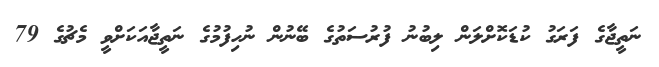
ނަތީޖާގެ ފަރަގު ކުޑަކޮށްލަން ލިބުނު ފުރުސަތުގެ ބޭނުން ނުހިފުމުގެ ނަތީޖާއަކަށްވީ މެޗުގެ 79